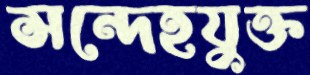
সন্দেহযুক্ত